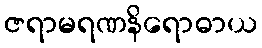
ဇရာမရဏနိရောဓာယ